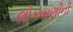
લોકવાણીની